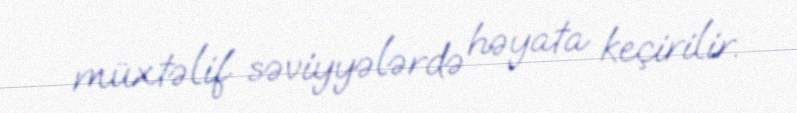
müxtəlif səviyyələrdə həyata keçirilir.